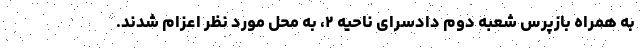
به همراه بازپرس شعبه دوم دادسرای ناحیه ۲، به محل مورد نظر اعزام شدند.